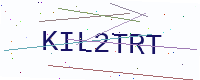
Text: KIL2TRT